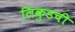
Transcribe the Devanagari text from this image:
लिकुडची